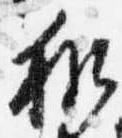
和